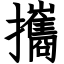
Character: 攜